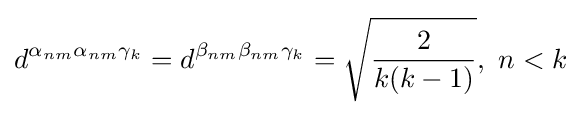
d^{\alpha _{nm}\alpha _{nm}\gamma _{k}}=d^{\beta _{nm}\beta _{nm}\gamma _{k}}={\sqrt {\frac {2}{k(k-1)}}},~n<k